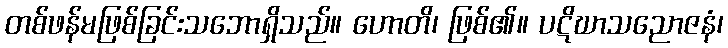
တစ်ဖန်မဖြစ်ခြင်းသဘောရှိသည်။ ဟောတိ၊ ဖြစ်၏။ ပဋိဃာသညောဇနံ၊